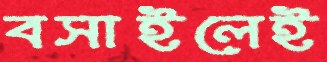
বসাইলেই